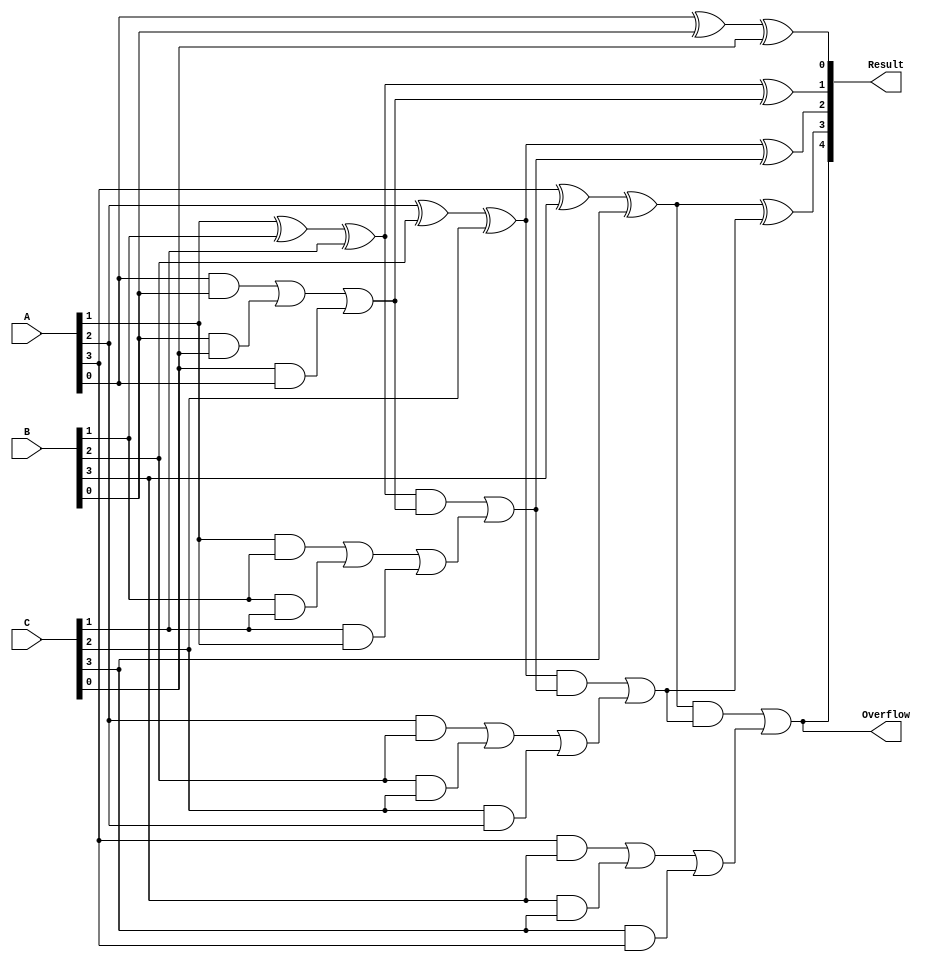
module ParallelCarrySaveAdder #(parameter N = 4) (
    input  [N-1:0] A, // First input
    input  [N-1:0] B, // Second input
    input  [N-1:0] C, // Third input
    output [N:0] Result, // Final result (N bits + carry)
    output Overflow // Overflow flag
);

    // Intermediate sums and carries
    wire [N-1:0] Sum;
    wire [N-1:0] Carry;

    // Full adder logic for each bit
    genvar i;
    generate
        for (i = 0; i < N; i = i + 1) begin : full_adder
            wire a_bit = (i < N) ? A[i] : 1'b0;
            wire b_bit = (i < N) ? B[i] : 1'b0;
            wire c_bit = (i < N) ? C[i] : 1'b0;

            assign Sum[i] = a_bit ^ b_bit ^ c_bit; // Sum output
            assign Carry[i] = (a_bit & b_bit) | (b_bit & c_bit) | (c_bit & a_bit); // Carry output
        end
    endgenerate

    // Final carry propagation using Ripple Carry Adder
    wire [N-1:0] final_sum;
    wire [N-1:0] final_carry;

    assign final_sum[0] = Sum[0];
    assign final_carry[0] = Carry[0];

    generate
        for (i = 1; i < N; i = i + 1) begin : rca
            assign final_sum[i] = Sum[i] ^ final_carry[i-1];
            assign final_carry[i] = (Sum[i] & final_carry[i-1]) | Carry[i];
        end
    endgenerate

    // Final Result and Overflow
    assign Result = {final_carry[N-1], final_sum}; // N bits + carry
    assign Overflow = final_carry[N-1]; // Overflow if the final carry is set

endmodule